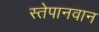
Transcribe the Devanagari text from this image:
स्तेपानवान